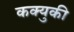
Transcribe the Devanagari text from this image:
कक्युकी